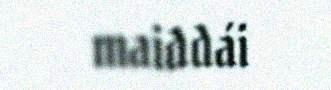
maiddái